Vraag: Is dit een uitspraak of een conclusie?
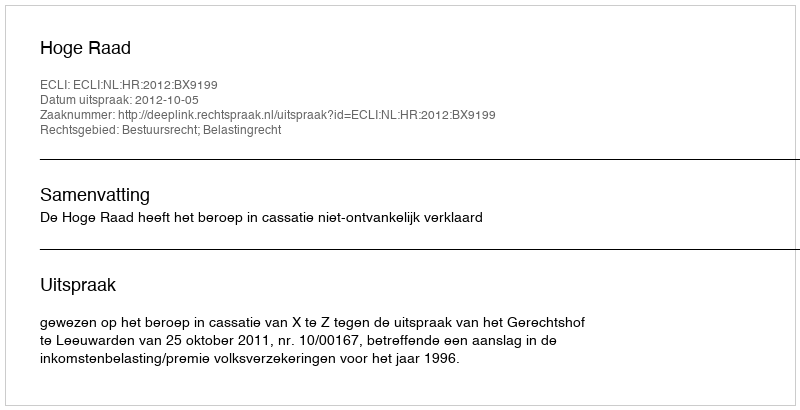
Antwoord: Uitspraak